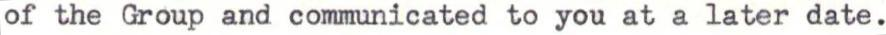
of the Group and communicated to you at a later date.